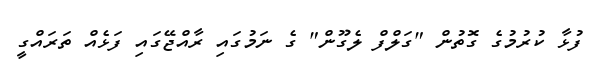
ފުޅާ ކުރުމުގެ ގޮތުން "ގަލްފް ލެގޫން" ގެ ނަމުގައި ރާއްޖޭގައި ފަޅެއް ތަރައްގީ